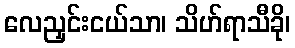
လေညှင်းငယ်သာ၊ သိဟ်ရာသီခို၊